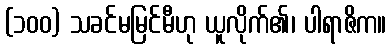
(၁၀၀) သခင်မမြင်မီဟု ယူလိုက်၏၊ ပါရာဇိက။